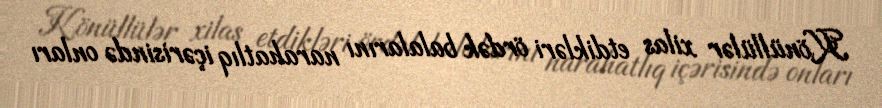
Könüllülər xilas etdikləri ördək balalarını narahatlıq içərisində onları